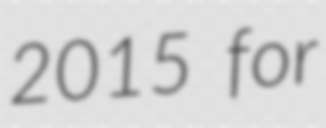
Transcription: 2015 for